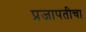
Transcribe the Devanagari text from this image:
प्रजापतीचा